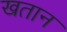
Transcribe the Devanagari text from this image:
खतान